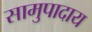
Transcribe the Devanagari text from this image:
सामुपादाय